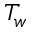
T _ { w }